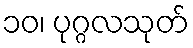
၁၀၊ ပုဂ္ဂလသုတ်